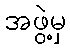
အဖွဲ့မှ